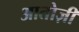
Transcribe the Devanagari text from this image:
आतोज़ी